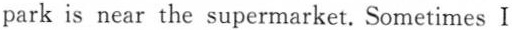
park is near the supermarket. Sometimes I